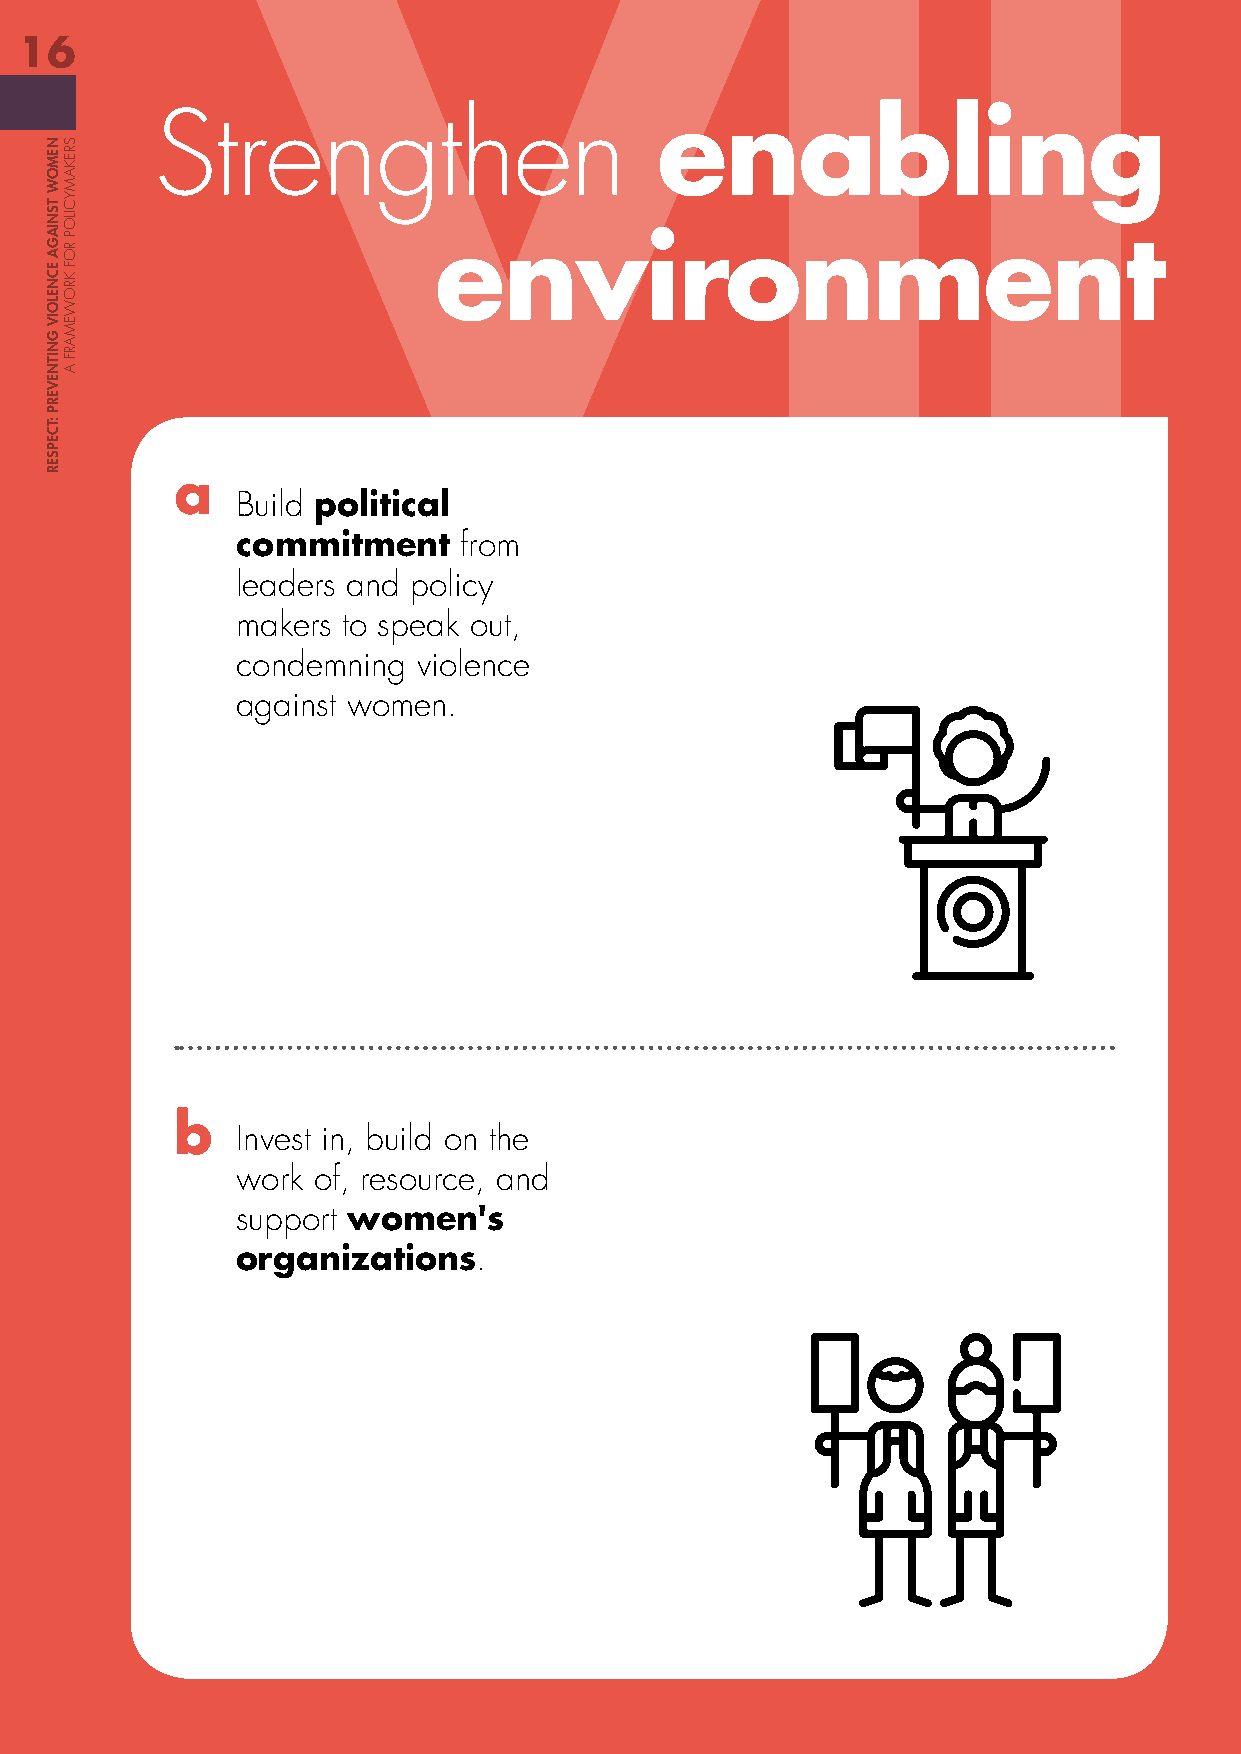
VII
 16
 Strengthen                       enabling
 environment
 a
 Build political
 commitment    from
 leaders and policy
 makers to speak out,
 condemning  violence
 against women.
 b
 Invest in, build on the
 work of, resource, and
 support women's
 organizations.
 NEMOW
 TSNIAGA
 ECNELOIV
 GNITNEVERP
 :TCEPSER
 SREKAMYCILOP
 ROF
 KROWEMARF
 A